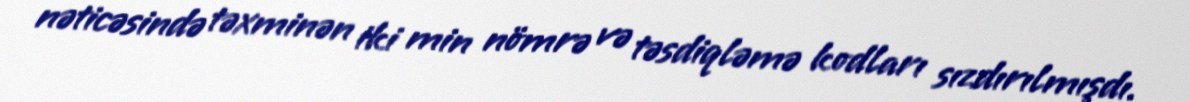
nəticəsində təxminən iki min nömrə və təsdiqləmə kodları sızdırılmışdı.